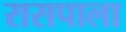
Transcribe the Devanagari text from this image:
रासपाला